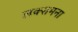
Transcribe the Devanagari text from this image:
लक्समना